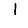
Digit: 1